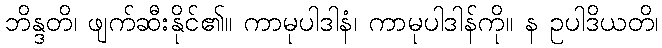
ဘိန္ဒတိ၊ ဖျက်ဆီးနိုင်၏။ ကာမုပါဒါနံ၊ ကာမုပါဒါန်ကို။ န ဥပါဒိယတိ၊